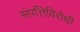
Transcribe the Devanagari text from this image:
संपत्तिविरोधी